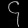
Digit: ၄